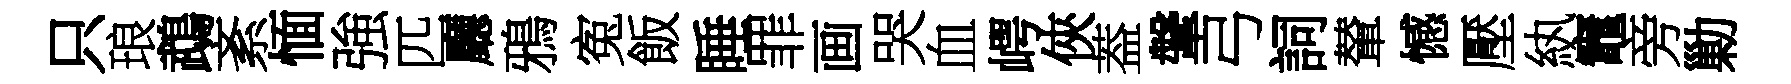
只琅鵡紊愐強匹廳鴉寃飯睡罪画哭血崿俠葢鞶弓詞輦憾壓紈竈旁勦